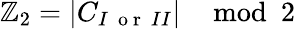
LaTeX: \mathbb{Z}_{2}=|C_{I~\mathrm{~o~r~}~II}|\mod 2